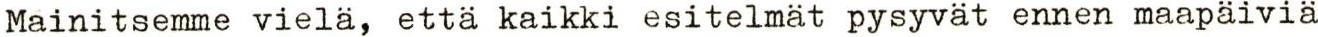
Mainitsemme vielä, että kaikki esitelmät pysyvät ennen maapäiviä